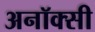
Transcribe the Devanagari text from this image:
अनॉक्सी